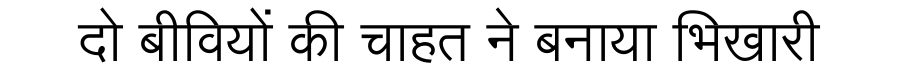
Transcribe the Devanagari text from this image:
दो बीवियों की चाहत ने बनाया भिखारी